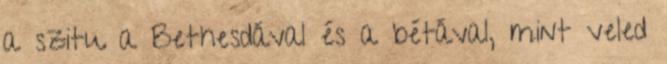
a szitu a Bethesdával és a bétával, mint veled